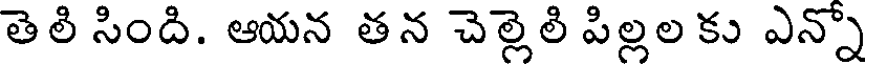
తెలి సింది. ఆయన తన చెల్లెలి పిల్లల కు ఎన్నో